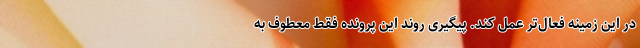
در این زمینه فعال‌تر عمل کند. پیگیری روند این پرونده فقط معطوف به